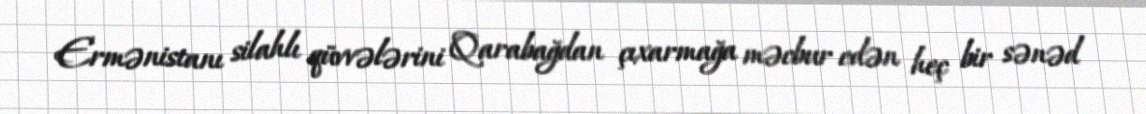
Ermənistanı silahlı qüvvələrini Qarabağdan çıxarmağa məcbur edən heç bir sənəd